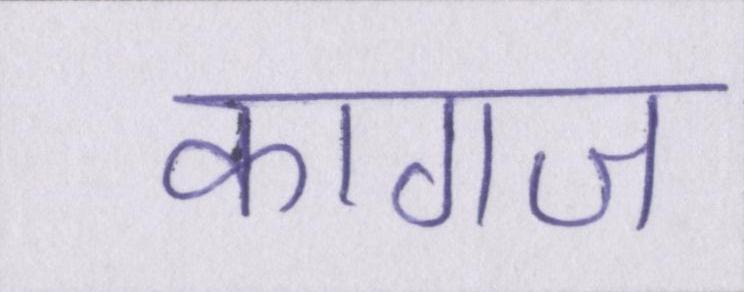
कागज